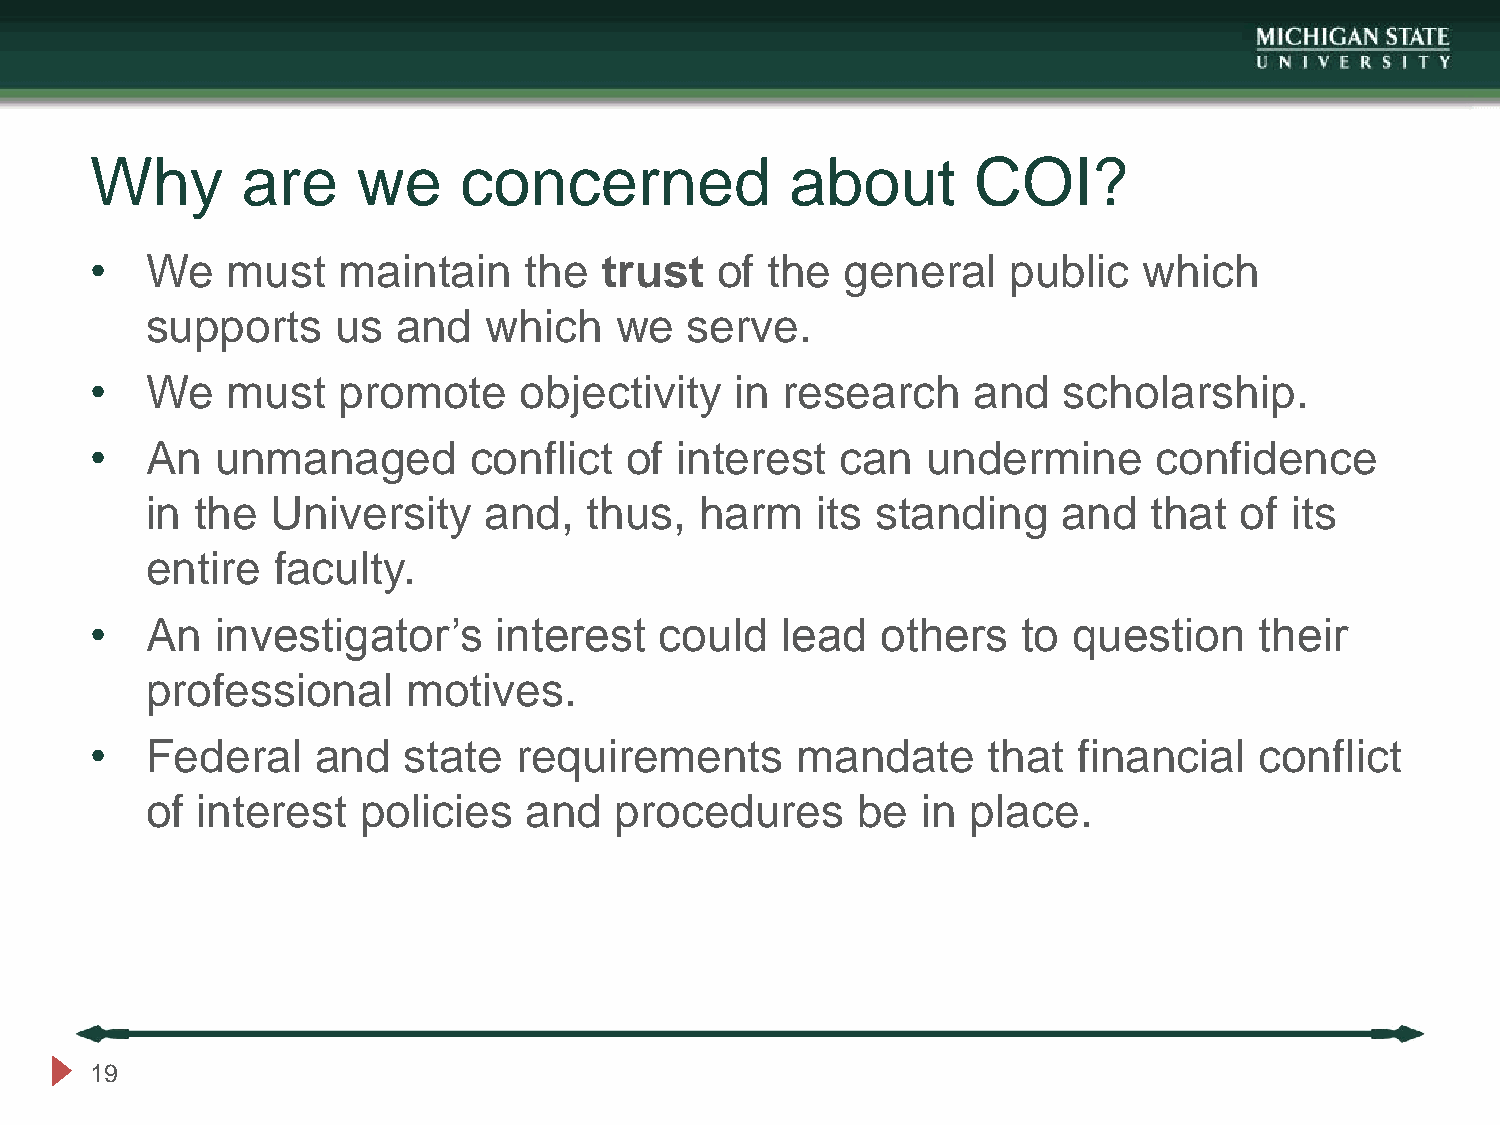
Why       are     we    concerned             about       COI?
 •   We   must   maintain     the  trust  of  the  general    public   which
 supports    us  and   which    we  serve.
 •   We   must   promote     objectivity    in research    and   scholarship.
 •   An  unmanaged        conflict  of  interest   can  undermine       confidence
 in the  University    and,   thus,  harm    its standing    and   that  of  its
 entire  faculty.
 •   An  investigator’s     interest   could   lead  others    to question    their
 professional     motives.
 •   Federal    and   state  requirements       mandate     that  financial   conflict
 of interest   policies   and   procedures      be  in place.
 19